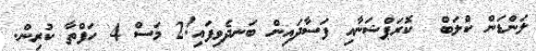
ލަންޑަން ކްލަބް  ކޮރަޕްޝަނާއި ފަސާދައިން ބަނދެވިފައި!2 މަސް 4 ހަފްތާ ކުރިން.